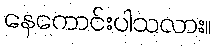
နေကောင်းပါသလား။